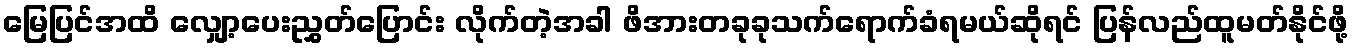
မြေပြင်အထိ လျှော့ပေးညွှတ်ပြောင်း လိုက်တဲ့အခါ ဖိအားတခုခုသက်ရောက်ခံရမယ်ဆိုရင် ပြန်လည်ထူမတ်နိုင်ဖို့